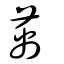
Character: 萭